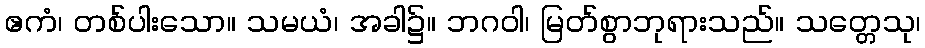
ဧကံ၊ တစ်ပါးသော။ သမယံ၊ အခါ၌။ ဘဂဝါ၊ မြတ်စွာဘုရားသည်။ သတ္တေသု၊